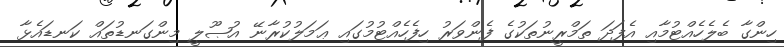
ހިންގާ ބެލެހެއްޓުމާއި އެފަދަ ތަމްރީނުތަކުގެ ފެންވަރު ހިފެހެއްޓުމުގައި ޢަމަލުކުރާނޭ އުޞޫލީ މިންގަނޑުތައް ކަނޑައެޅާ